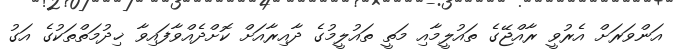
އަންވަރަށް އެރުވީ ރާއްޖޭގެ ތައުލީމާއި މަތީ ތައުލީމުގެ ދާއިރާއަށް ކޮށްދެއްވާފައިވާ ޚިދުމަތްތަކުގެ އަގު